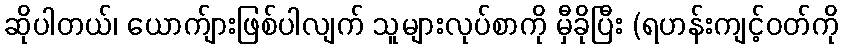
ဆိုပါတယ်၊ ယောက်ျားဖြစ်ပါလျက် သူများလုပ်စာကို မှီခိုပြီး (ရဟန်းကျင့်ဝတ်ကို